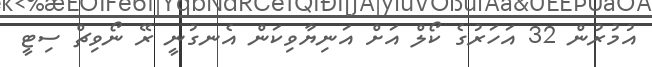
އުމުރުން 32 އަހަރުގެ ކޯލް އަށް އަނިޔާވިކަން އެނގުނީ ރޭ ނޯވިޗް ސިޓީ